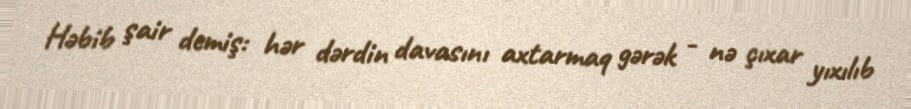
Həbib şair demiş: hər dərdin davasını axtarmaq gərək - nə çıxar yıxılıb